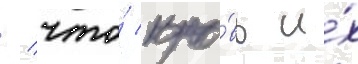
/ что́ кро́вь и́х